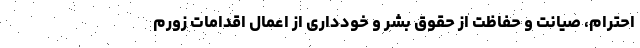
احترام، صیانت و حفاظت از حقوق بشر و خودداری از اعمال اقدامات زورم